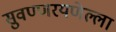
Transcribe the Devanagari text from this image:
सुवण्णरयणेल्ला